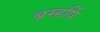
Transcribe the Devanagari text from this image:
ब्रम्हर्षि